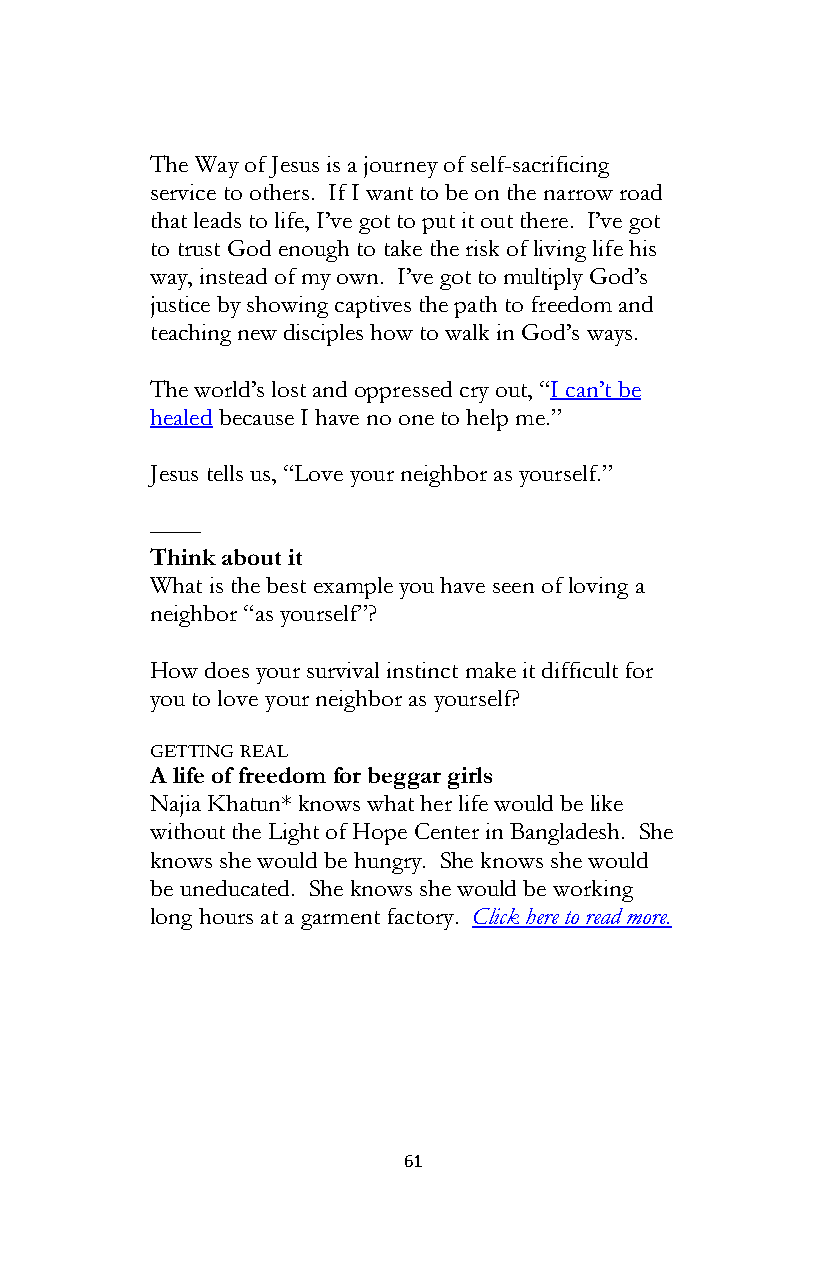
The Way of Jesus is a journey of self-sacrificing
 service to others. If I want to be on the narrow road
 that leads to life, I’ve got to put it out there. I’ve got
 to trust God enough to take the risk of living life his
 way, instead of my own. I’ve got to multiply God’s
 justice by showing captives the path to freedom and
 teaching new disciples how to walk in God’s ways.
 The world’s lost and oppressed cry out, “I can’t be
 healed because I have no one to help me.”
 Jesus tells us, “Love your neighbor as yourself.”
 ––––
 Think about it
 What is the best example you have seen of loving a
 neighbor “as yourself”?
 How does your survival instinct make it difficult for
 you to love your neighbor as yourself?
 GETTING REAL
 A life of freedom for beggar girls
 Najia Khatun* knows what her life would be like
 without the Light of Hope Center in Bangladesh. She
 knows she would be hungry. She knows she would
 be uneducated. She knows she would be working
 long hours at a garment factory. Click here to read more.
 61